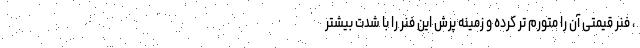
، فنر قیمتی آن را متورم تر کرده و زمینه پرش این فنر را با شدت بیشتر